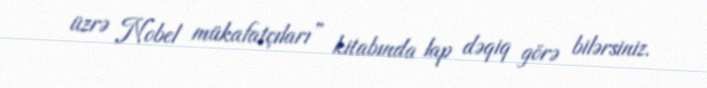
üzrə Nobel mükafatçıları” kitabında lap dəqiq görə bilərsiniz.